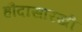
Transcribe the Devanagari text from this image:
हौदासारखी